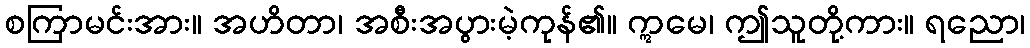
စကြာမင်းအား။ အဟိတာ၊ အစီးအပွားမဲ့ကုန်၏။ ဣမေ၊ ဤသူတို့ကား။ ရညော၊